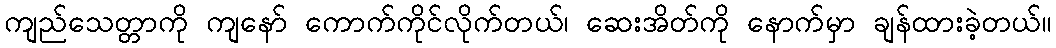
ကျည်သေတ္တာကို ကျနော် ကောက်ကိုင်လိုက်တယ်၊ ဆေးအိတ်ကို နောက်မှာ ချန်ထားခဲ့တယ်။